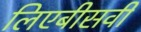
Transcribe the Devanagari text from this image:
लिएबीसवीं